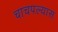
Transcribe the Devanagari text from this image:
चाचपल्यास